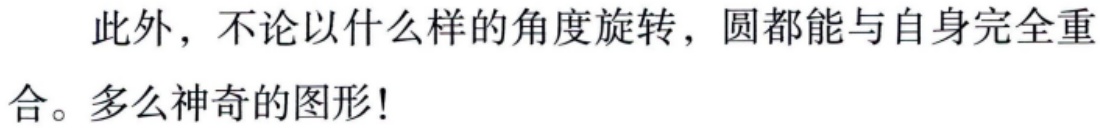
此外，不论以什么样的角度旋转，圆都能与自身完全重合。多么神奇的图形!